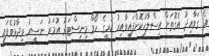
އެ ގަވާއިދު އެގޮތަށް އިސްލާހުކޮށްފައިވާއިރު ކުރީގެ ހޯމް މިނިސްޓަރު އުމަރު ނަސީރު ވިދާޅުވެފައި